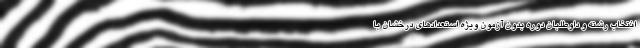
انتخاب رشته و داوطلبان دوره بدون آزمون ویژه استعدادهای درخشان با